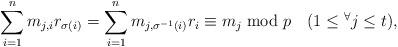
LaTeX: \begin{align*}\sum_{i=1}^n m_{j,i}r_{\sigma(i)}=\sum_{i=1}^n m_{j,\sigma^{-1}(i)}r_{i}\equiv m_j \bmod p\quad(1\le {}^\forall j \le t),\end{align*}